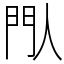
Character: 閄